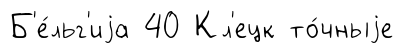
Б'е́льг'иjа 40 Кл'ецк то́чныjе